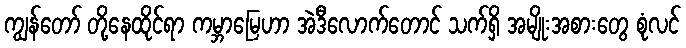
ကျွန်တော် တို့နေထိုင်ရာ ကမ္ဘာမြေဟာ အဲဒီလောက်တောင် သက်ရှိ အမျိုးအစားတွေ စုံလင်